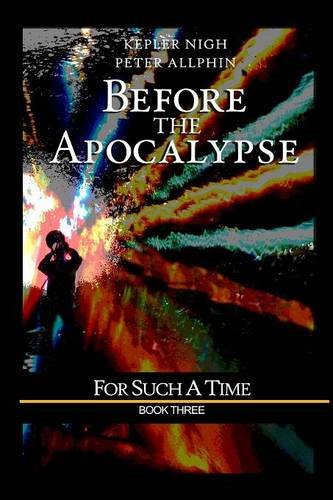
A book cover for Before the Apocalypse: For Such a Time; Kepler Nigh; Science Fiction & Fantasy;